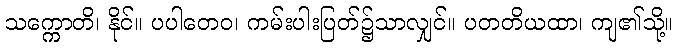
သက္ကောတိ၊ နိုင်။ ပပါတေဝ၊ ကမ်းပါးပြတ်၌သာလျှင်။ ပတတိယထာ၊ ကျ၏သို့။